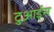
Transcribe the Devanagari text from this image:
टुआर्ड्स